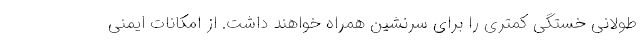
طولانی خستگی کمتری را برای سرنشین همراه خواهند داشت. از امکانات ایمنی